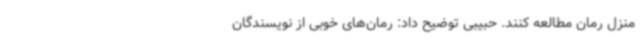
منزل رمان مطالعه کنند. حبیبی توضیح داد: رمان‌های خوبی از نویسندگان